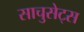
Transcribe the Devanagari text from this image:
साचुसेट्स